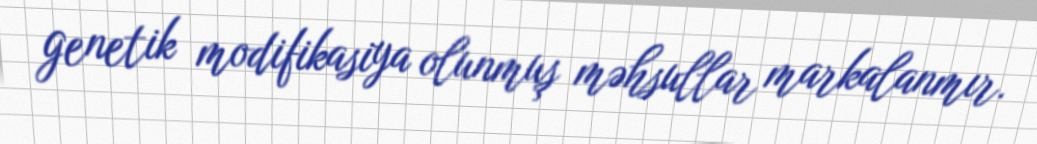
genetik modifikasiya olunmuş məhsullar markalanmır.